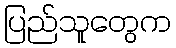
ပြည်သူတွေက